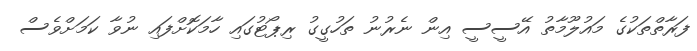
ފަރާތްތަކުގެ މައުލޫމާތު އޭސީސީ އިން ނެރުނު ތަހުގީގު ރިޕޯޓުގައި ހާމަކޮށްފައި ނުވާ ކަމަށްވެސް